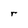
Character: r